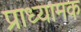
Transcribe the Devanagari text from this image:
प्राध्यामक